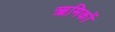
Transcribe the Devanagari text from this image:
ऋमिकों